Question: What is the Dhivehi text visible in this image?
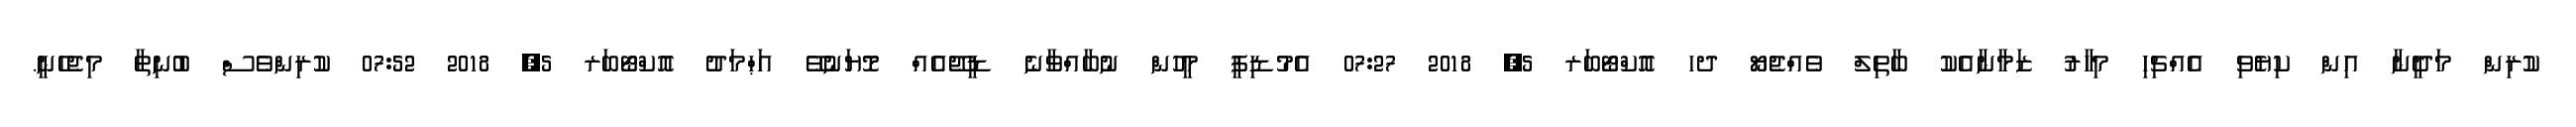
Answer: ކުރިން މަދީނާ އިން ކިޔެވި އެއްޗިހި މިހާރު ޒަމާނާއެކު ބާތިލް ވެއްޖެޔޯ ދހ އޮކްޓޯބަރ 5, 2018 07:27 އެމުޑިޕީ މީހުން ނުބާއްވާނެ ޑީޖޭއެއް މޮޔަނުވޭ އަޙްމަދު އޮކްޓޯބަރ 5, 2018 07:52 ކުރިންވެސް ބުނިތާ މިޖެހެނީ.